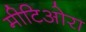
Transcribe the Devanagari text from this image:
मीटिओरा